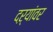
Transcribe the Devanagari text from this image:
दऱ्यांवर